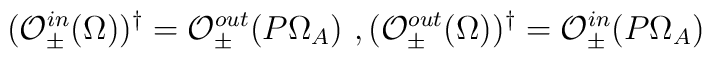
(\mathcal{O}^{in}_{\pm}(\Omega))^{\dag}=\mathcal{O}^{out}_{\pm}(P\Omega_A) \ ,(\mathcal{O}^{out}_{\pm}(\Omega))^{\dag}=\mathcal{O}^{in}_{\pm}(P\Omega_A)